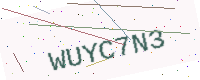
Text: WUYC7N3